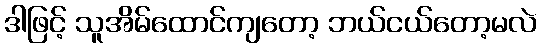
ဒါဖြင့် သူအိမ်ထောင်ကျတော့ ဘယ်ငယ်တော့မလဲ